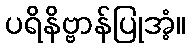
ပရိနိဗ္ဗာန်ပြုအံ့။